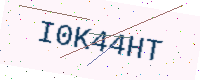
Text: I0K44HT